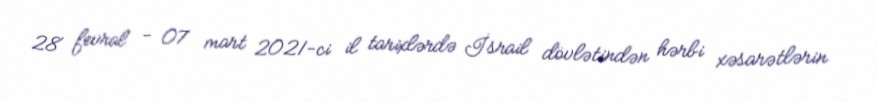
28 fevral - 07 mart 2021-ci il tarixlərdə İsrail dövlətindən hərbi xəsarətlərin